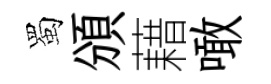
蜀頒藉噉